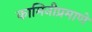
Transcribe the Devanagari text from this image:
कामिनीप्रमाणे